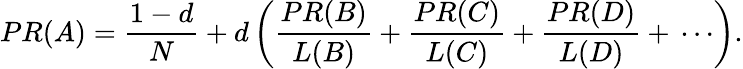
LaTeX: PR(A)={\frac{1-d}{N}}+d\left({\frac{PR(B)}{L(B)}}+{\frac{PR(C)}{L(C)}}+{\frac{PR(D)}{L(D)}}+\, \cdots\right).